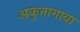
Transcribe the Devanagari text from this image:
अकुतागावा